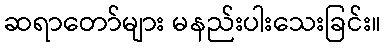
ဆရာတော်များ မနည်းပါးသေးခြင်း။